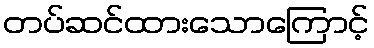
တပ်ဆင်ထားသောကြောင့်